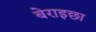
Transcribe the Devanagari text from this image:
बेराइछा